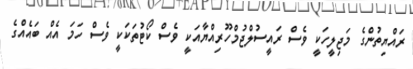
ރައްޔިތުންގެ މަޖިލީހަކީ ވެސް ރައީސުލްޖުމްހޫރިއްޔާއަކީ ވެސް ކޯޓުތަކަކީ ވެސް ހަމަ އެއް ބައެއްގެ